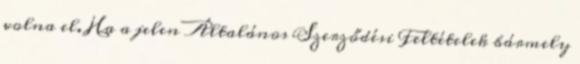
volna el. Ha a jelen Általános Szerződési Feltételek bármely